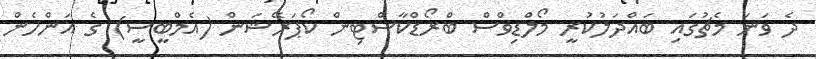
ދެ ވަނަ މެޗުގައި ބައްދަލުކުރީ މޯލްޑިވްސް ބްރޯޑްކާސްޓިން ކޯޕަރޭޝަން (އެމްބީސީ) ގެ އަންހެން